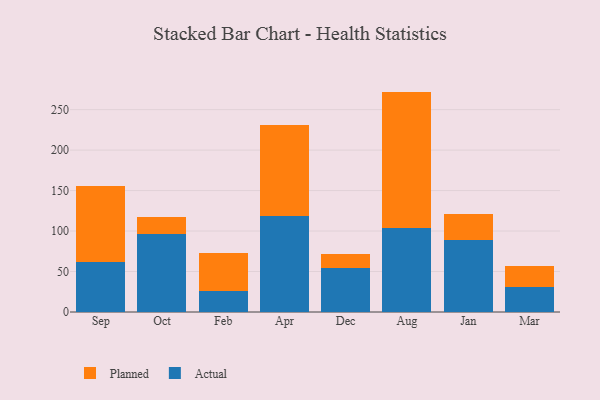
{"axis": {"x": "Month", "y": "Churn Rate (%)"}, "legend": ["Actual", "Planned"], "data": [{"x": "Sep", "y": 62.0, "type": "Actual"}, {"x": "Sep", "y": 94.0, "type": "Planned"}, {"x": "Oct", "y": 96.2, "type": "Actual"}, {"x": "Oct", "y": 21.2, "type": "Planned"}, {"x": "Feb", "y": 26.3, "type": "Actual"}, {"x": "Feb", "y": 46.7, "type": "Planned"}, {"x": "Apr", "y": 118.8, "type": "Actual"}, {"x": "Apr", "y": 112.0, "type": "Planned"}, {"x": "Dec", "y": 53.9, "type": "Actual"}, {"x": "Dec", "y": 17.5, "type": "Planned"}, {"x": "Aug", "y": 104.2, "type": "Actual"}, {"x": "Aug", "y": 168.1, "type": "Planned"}, {"x": "Jan", "y": 89.3, "type": "Actual"}, {"x": "Jan", "y": 32.1, "type": "Planned"}, {"x": "Mar", "y": 30.9, "type": "Actual"}, {"x": "Mar", "y": 25.6, "type": "Planned"}]}